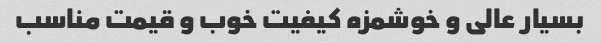
بسیار عالی و خوشمزه کیفیت خوب و قیمت مناسب